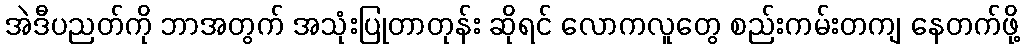
အဲဒီပညတ်ကို ဘာအတွက် အသုံးပြုတာတုန်း ဆိုရင် လောကလူတွေ စည်းကမ်းတကျ နေတက်ဖို့